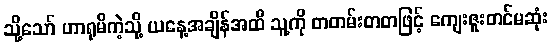
သို့သော် ဟာရုမိကဲ့သို့ ယနေ့အချိန်အထိ သူ့ကို တတမ်းတတဖြင့် ကျေးဇူးတင်မဆုံး